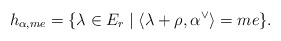
\begin{align*}h_{\alpha,me}= \{\lambda \in E_r\mid \langle \lambda+\rho , \alpha^\vee\rangle =me\}.\end{align*}